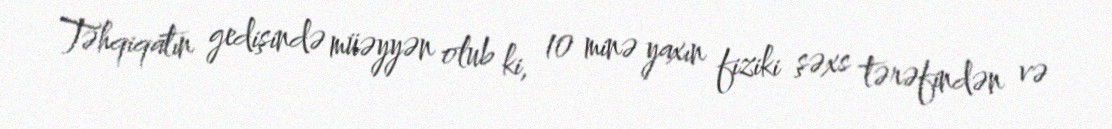
Təhqiqatın gedişində müəyyən olub ki, 10 minə yaxın fiziki şəxs tərəfindən və